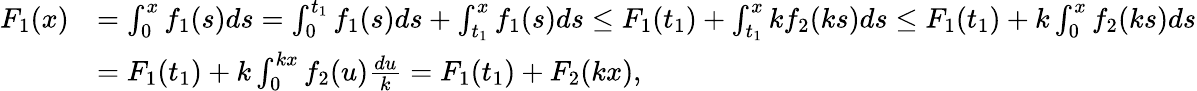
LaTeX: \begin{array}{rl}{F_{1}(x)}&{=\int_{0}^{x}f_{1}(s)ds=\int_{0}^{t_{1}}f_{1}(s)ds+\int_{t_{1}}^{x}f_{1}(s)ds\le F_{1}(t_{1})+\int_{t_{1}}^{x}kf_{2}(ks)ds\le F_{1}(t_{1})+k\int_{0}^{x}f_{2}(ks)ds}\\ &{=F_{1}(t_{1})+k\int_{0}^{kx}f_{2}(u)\frac{du}{k}=F_{1}(t_{1})+F_{2}(kx),}\end{array}